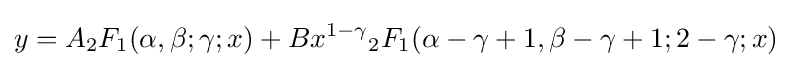
y=A{{}_{2}F_{1}}(\alpha ,\beta ;\gamma ;x)+Bx^{1-\gamma }{{}_{2}F_{1}}(\alpha -\gamma +1,\beta -\gamma +1;2-\gamma ;x)